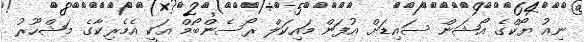
ނިއު ޔޯކްގެ އޯޝަން ސައިޑަށް އުފަން މައިކަލް ރޯސެންބޯމް އަކީ އެމެރިކާގެ މަޝްހޫރު